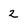
Character: 2